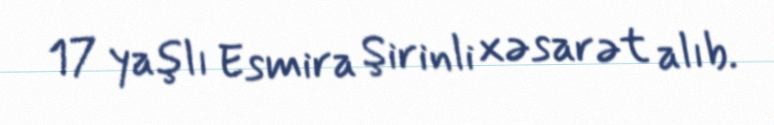
17 yaşlı Esmira Şirinli xəsarət alıb.